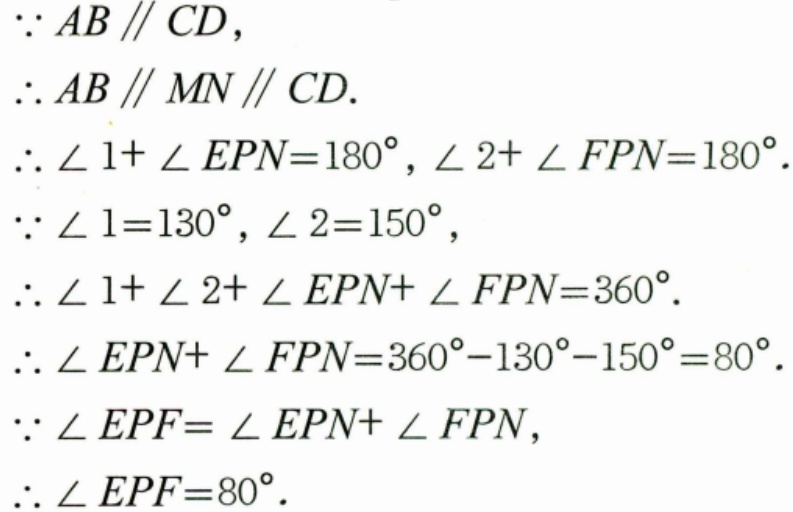
$\because AB\parallel CD,$
$\therefore AB\parallel MN\parallel CD.$
$\therefore \angle 1+\angle EPN = 180^{\circ},\angle 2+\angle FPN = 180^{\circ}.$
$\because \angle 1 = 130^{\circ},\angle 2 = 150^{\circ},$
$\therefore \angle 1+\angle 2+\angle EPN+\angle FPN = 360^{\circ}.$
$\therefore \angle EPN+\angle FPN = 360^{\circ}-130^{\circ}-150^{\circ}=80^{\circ}.$
$\because \angle EPF=\angle EPN+\angle FPN,$
$\therefore \angle EPF = 80^{\circ}.$